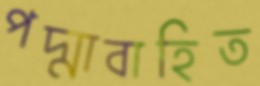
পদ্মাবাহিত